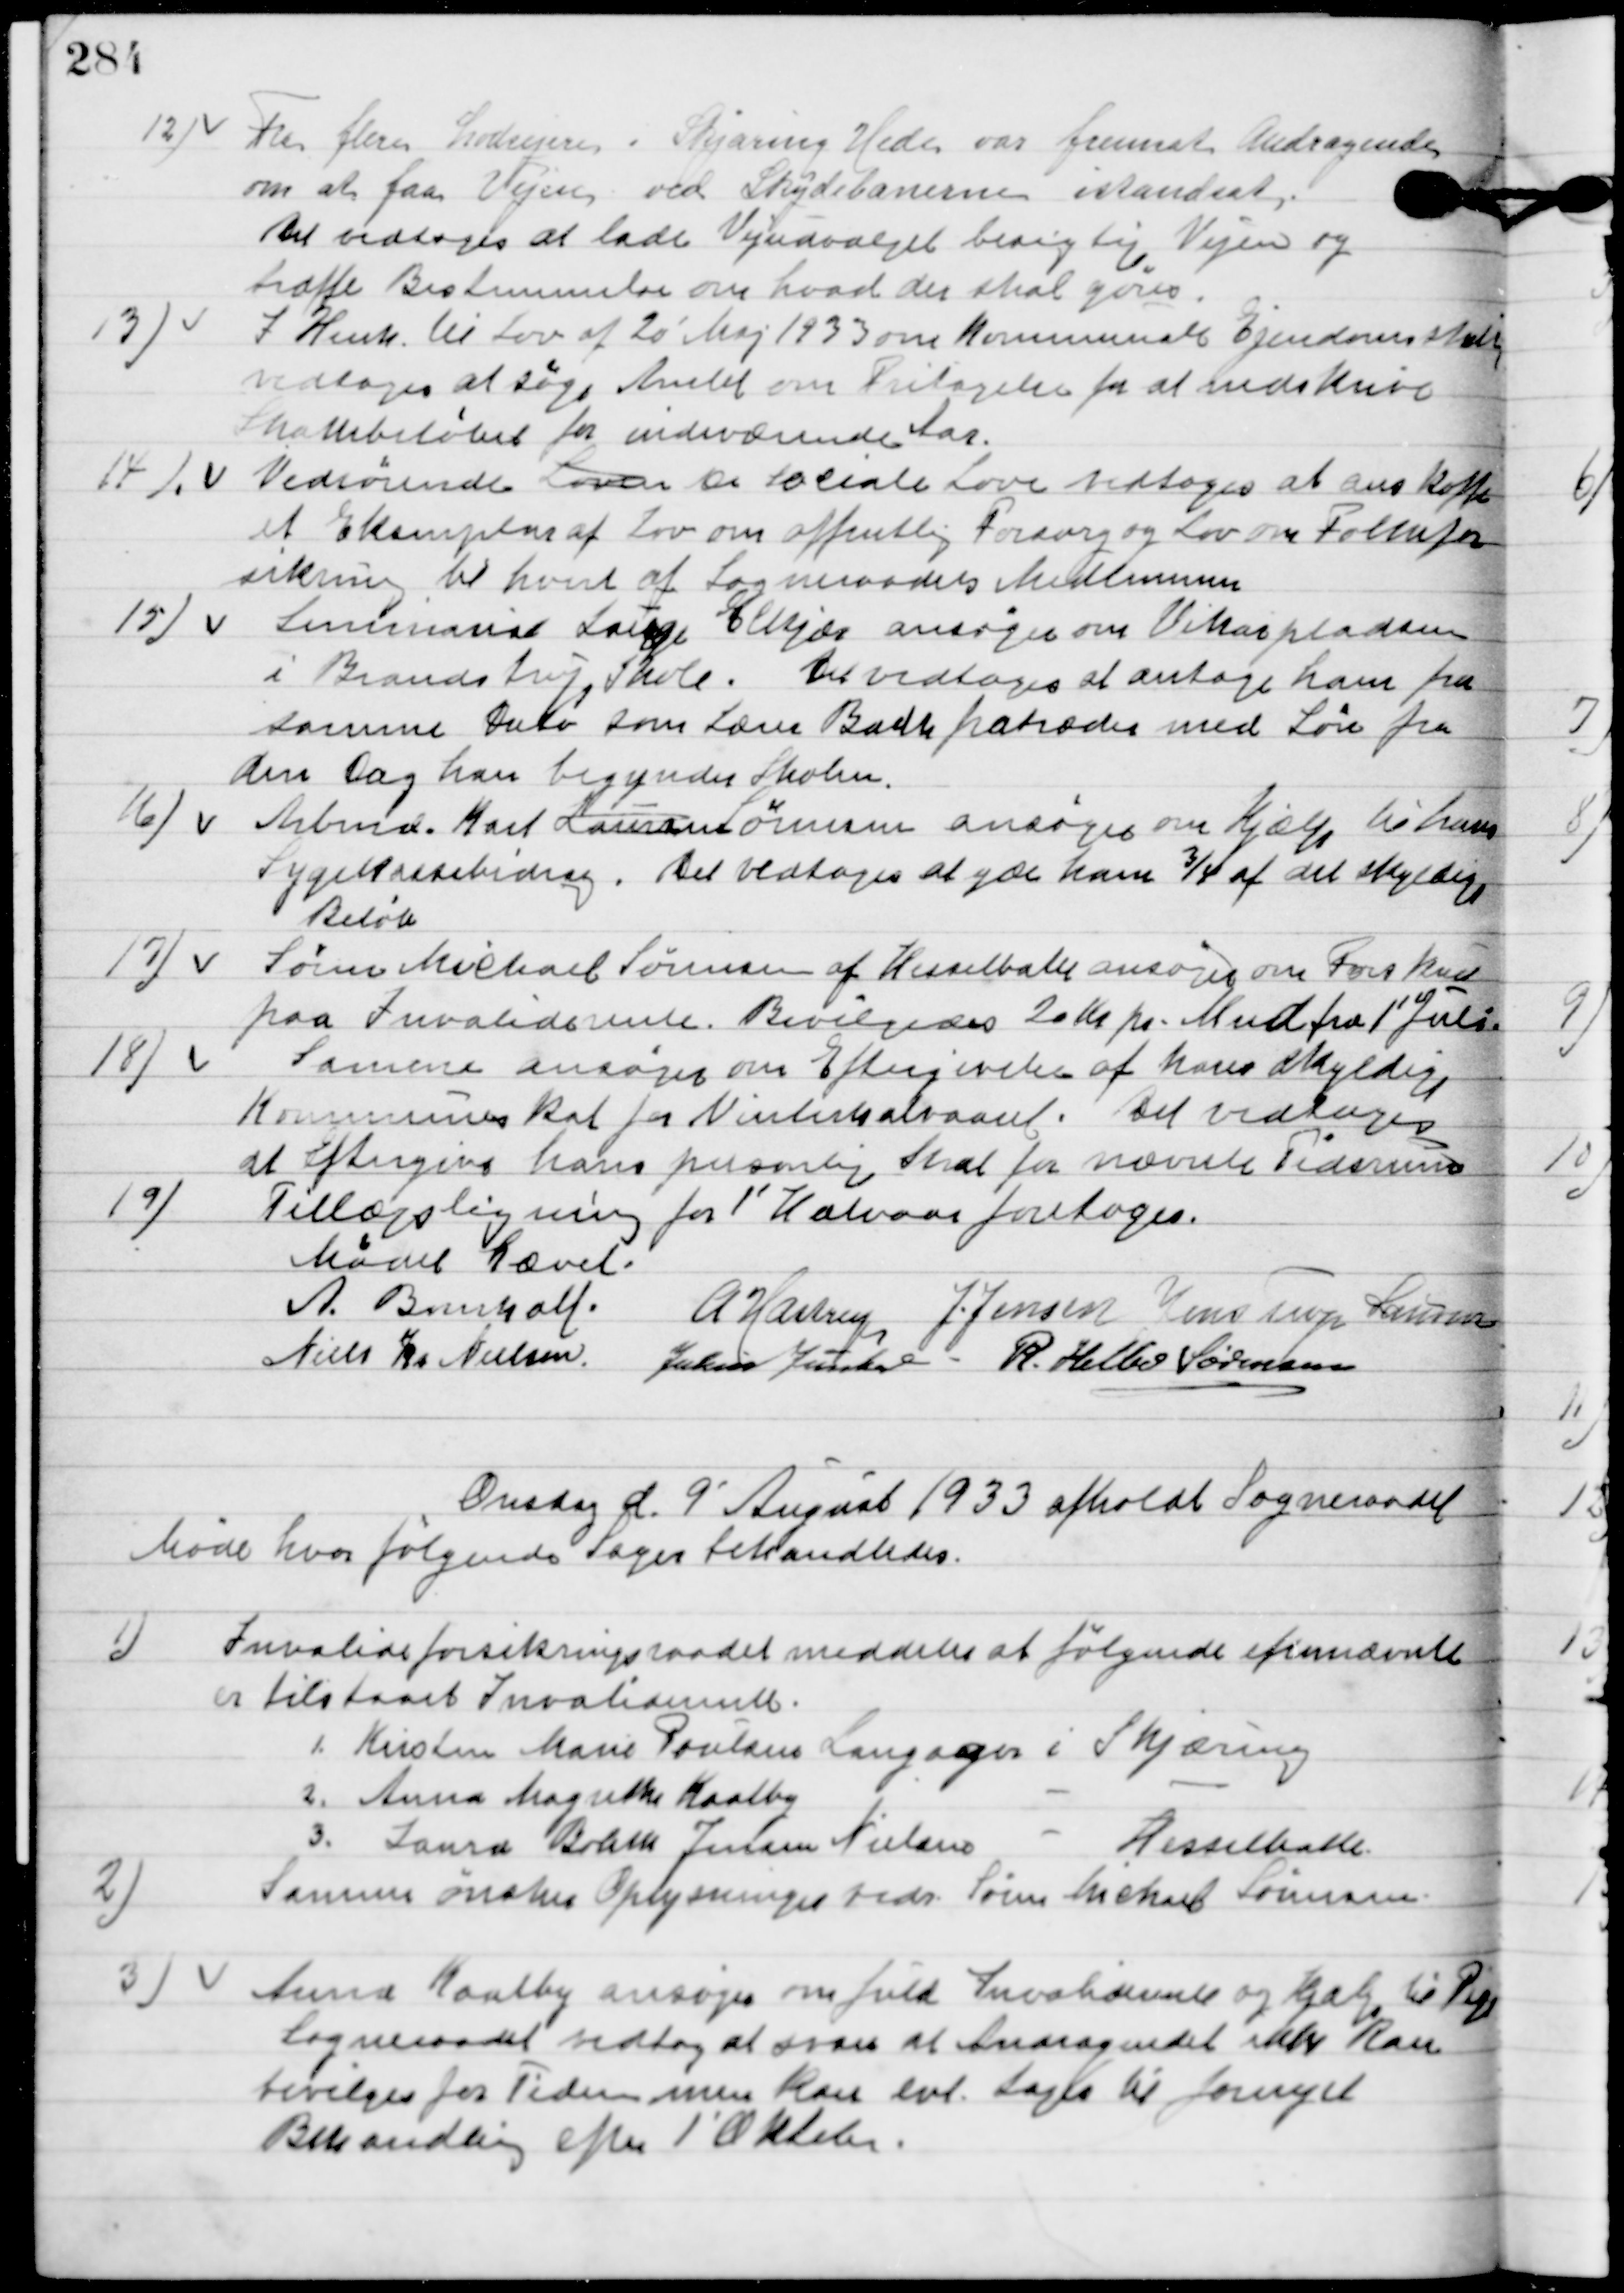
Transskription:
12

Fra flere Lodsejere i Skjæring Hede var fremsat Andragende
om at faa Veje ved Skydebane istandsat.
Det vedtoges at lade Vejudvalget besigtige Vejen og
træffe Bestemmelse om hvad der skal gøres.

13

I henh. Til Lov af 20´Maj 1933 om Kommunal Ejendomsskat
vedtoges at søge Amtet om fritagelse for at nedskrive
skattebeløbet for indeværende Aar.

14

Vedrørende en Social Love vedtoges at anskaffe
et Eksemplarer af Lov om offentlig forsorg og Lov over Folkefor-
sikring til hvert af Sogneraadets Medlemmer.

15

Seminarist Lage Elkjær ansøger om Vikarpladsen
i Brandstrup Skole. Det vedtoges at antage ham fra
samme Dato som Lærer Bach fratræder med Løn fra
den dag han begynder Skolen.

16

Arbmd. Karl Sørensen ansøger om Hjælp til hans
Sygekassebidrag.
Det vedtoges at give ham ¾ af det skyldige
Beløb.

17

Søren Michael Sørensen af Hesselballe ansøger om Forskud
paa Invaliderenten.
Bevilgedes 20 Kr. pr. Mnd. Fra 1´ juli.

18

Samme ansøger om Eftergivelse af hans skyldige
Kommuneskat for Vinterhalvaaret.
Det vedtoges
at Eftergive hans personlige Skat for nævnelse Tidsrum.

19

Tillægsligning for 1´ Halvaar foretoges.

Mødet hævet.

A. Bomholt
A. Hastrup
Jens Jensen
Jens Terp Laursen
Niels Chr. Nielsen
Julius Junker
R. Helbo Sørensen

Onsdag d. 9 August 1933 afholdt Sogneraadet
Møde hvor følgende Sager behandledes.

1

Invalideforsikringsraadet meddeler at følgende efternævnelse
er tilstaaet Invaliderente.
1.	Kirsten Marie Poulsen Langager i Skjæring
2.	Anna Margrethe Kaalby		  -		   -		-
3.	Laura Birthe Jensen Nielsen i Hesselballe

2

Samme ønsker Oplysning vedr. Søren Michal Sørensen

3

Anna Kaalby ansøger om fuld Invaliderente og hjælp til Pigen.
Sogneraadet vedtog at svare at Andraget ikke kan
bevilges for tiden men Kan evt. tages til fornyet
Behandling efter 1´ Oktober.